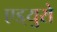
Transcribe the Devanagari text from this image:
एड्‌युरो